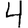
Digit: 4